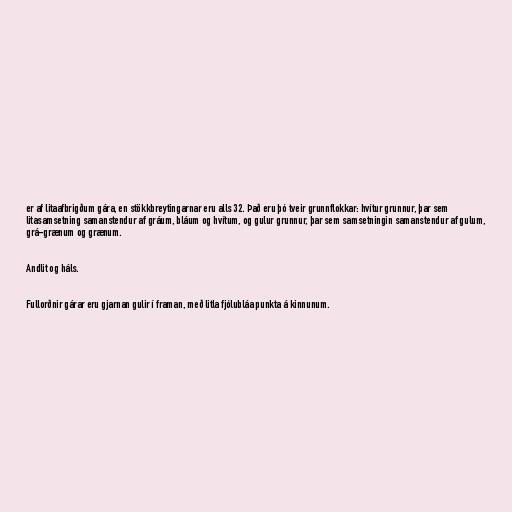
er af litaafbrigðum gára, en stökkbreytingarnar eru alls 32. Það eru þó tveir grunnflokkar: hvítur grunnur, þar sem
litasamsetning samanstendur af gráum, bláum og hvítum, og gulur grunnur, þar sem samsetningin samanstendur af gulum,
grá-grænum og grænum.

Andlit og háls.

Fullorðnir gárar eru gjarnan gulir í framan, með litla fjólubláa punkta á kinnunum.